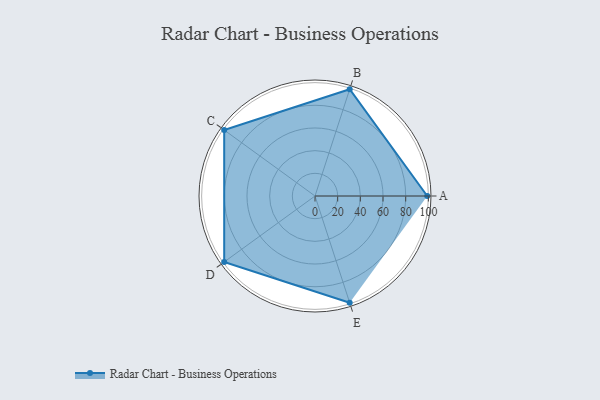
{"axis": {"x": "Skill", "y": "Score"}, "legend": ["Profile"], "data": [{"x": "A", "y": 99, "type": "Profile"}, {"x": "B", "y": 99, "type": "Profile"}, {"x": "C", "y": 99, "type": "Profile"}, {"x": "D", "y": 99, "type": "Profile"}, {"x": "E", "y": 99, "type": "Profile"}]}